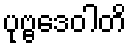
ပုဗ္ဗဒေဝါတိ